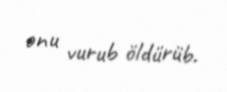
onu vurub öldürüb.